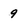
Character: 9